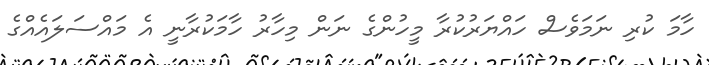
ހާމަ ކުރި ނަމަވެސް ހައްޔަރުކުރާ މީހުންގެ ނަން މިހާރު ހާމަކުރާނީ އެ މައްސަލައެއްގެ